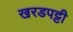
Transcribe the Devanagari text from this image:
खरडपट्टी